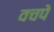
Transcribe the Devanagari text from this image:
वचपे